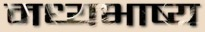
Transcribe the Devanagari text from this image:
मध्यभाष्य